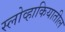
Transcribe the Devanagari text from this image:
स्लोव्हाकियातील